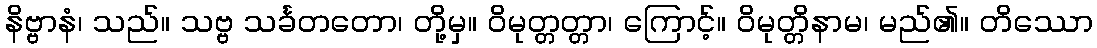
နိဗ္ဗာနံ၊ သည်။ သဗ္ဗ သင်္ခတတော၊ တို့မှ။ ဝိမုတ္တတ္တာ၊ ကြောင့်။ ဝိမုတ္တိနာမ၊ မည်၏။ တိဿော